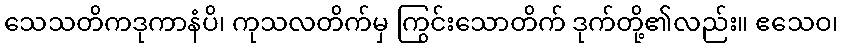
သေသတိကဒုကာနံပိ၊ ကုသလတိက်မှ ကြွင်းသောတိက် ဒုက်တို့၏လည်း။ ဧသေဝ၊